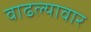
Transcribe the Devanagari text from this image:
वाढल्यावार